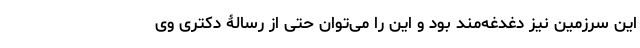
این سرزمین نیز دغدغه‌مند بود و این را می‌توان حتی از رسالۀ دکتری وی